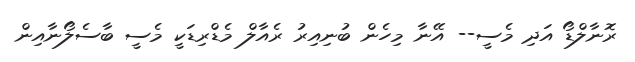
ރޮނާލްޑޯ އަދި މެސީ-- އޭނާ މިހެން ބުނިއިރު ރެއާލް މެޑްރިޑަކީ މެސީ ބާސެލޯނާއިން